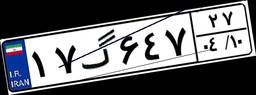
۱۷گ۶۴۷۲۷